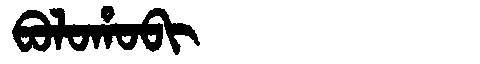
Manchu: ᠪᠣᠯᠣᡥᠣᠪᡳ
Romanization: BOLOHOBI